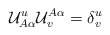
\begin{align*}{\cal U}^u_{A\alpha} {\cal U}^{A\alpha}_v = \delta^u_v\end{align*}